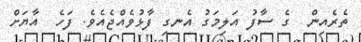
ތެރެއިން  ގެ ސާފު އަލިމަގު އެނގި ފާޅުވެއްޖެއެވެ. ފަހެ  އާޔަށް